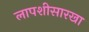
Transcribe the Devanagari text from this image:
लापशीसारखा